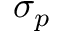
\sigma _ { p }